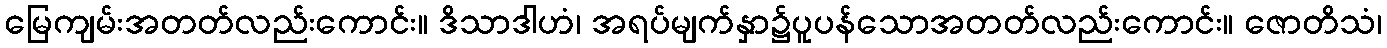
မြေကျမ်းအတတ်လည်းကောင်း။ ဒိသာဒါဟံ၊ အရပ်မျက်နှာ၌ပူပန်သောအတတ်လည်းကောင်း။ ဇောတိသံ၊